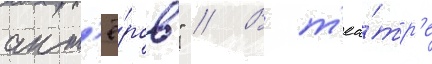
акт'ё́ров" // В т'еа́тр'е